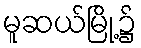
မူဆယ်မြို့၌